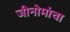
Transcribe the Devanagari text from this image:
जीनोमांचा